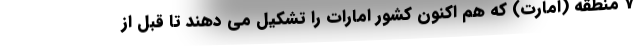
7 منطقه (امارت) که هم اکنون کشور امارات را تشکیل می دهند تا قبل از